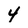
Character: 4